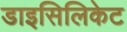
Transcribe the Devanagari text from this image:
डाइसिलिकेट